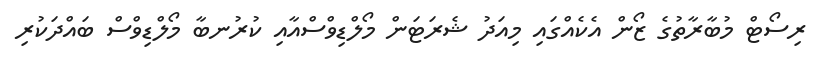
ރިސޯޓް މުބާރާތުގެ ޒޯން އެކެއްގައި މިއަދު ޝެރަޓަން މޯލްޑިވްސްއާއި ކުރުނބާ މޯލްޑިވްސް ބައްދަކުރި